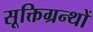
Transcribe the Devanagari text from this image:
सूक्तिग्रन्थों